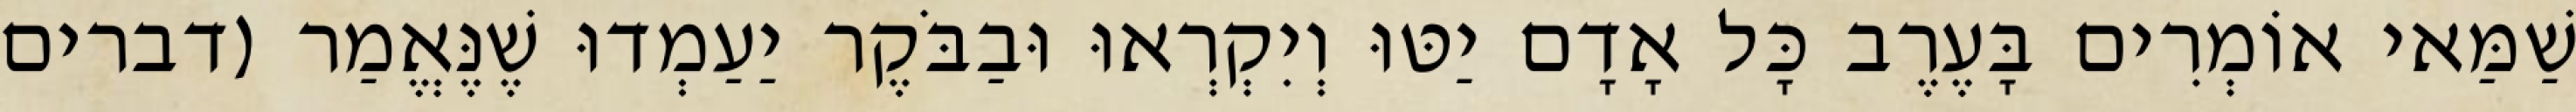
שַׁמַּאי אוֹמְרִים בָּעֶרֶב כָּל אָדָם יַטּוּ וְיִקְרְאוּ וּבַבֹּקֶר יַעַמְדוּ שֶׁנֶּאֱמַר (דברים